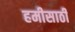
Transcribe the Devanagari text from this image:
हमीसाठी